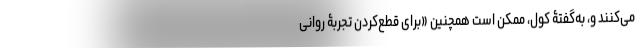
می‌کنند و، به‌گفتۀ کول، ممکن است همچنین «برای قطع‌کردن تجربۀ روانیِ